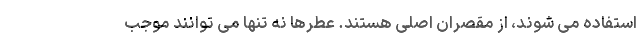
استفاده می شوند، از مقصران اصلی هستند. عطرها نه تنها می توانند موجب